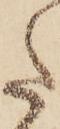
た